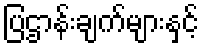
ပြဌာန်းချက်များနှင့်